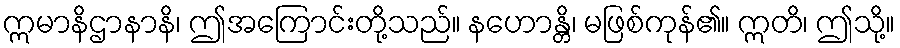
ဣမာနိဌာနာနိ၊ ဤအကြောင်းတို့သည်။ နဟောန္တိ၊ မဖြစ်ကုန်၏။ ဣတိ၊ ဤသို့။